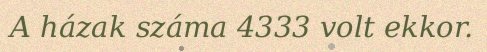
A házak száma 4333 volt ekkor.